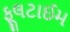
ફૂલટાઈમ